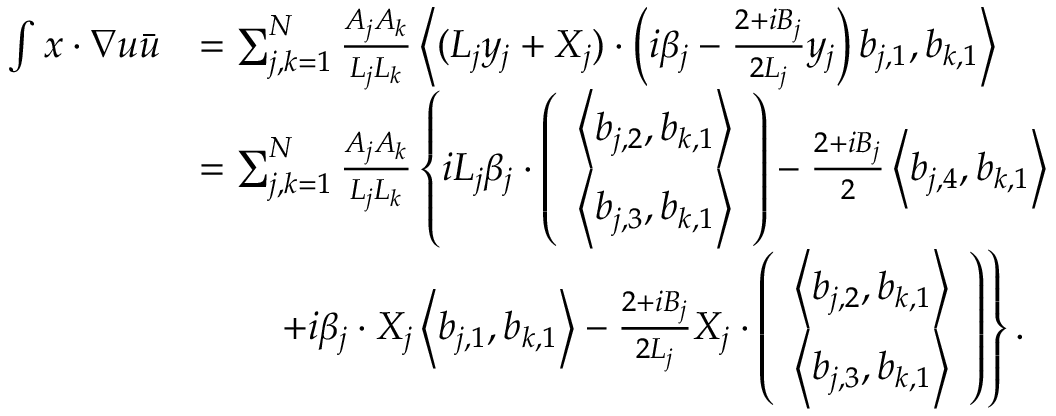
\begin{array} { r l } { \int x \cdot \nabla u \bar { u } } & { = \sum _ { j , k = 1 } ^ { N } \frac { A _ { j } A _ { k } } { L _ { j } L _ { k } } \left\langle ( L _ { j } y _ { j } + X _ { j } ) \cdot \left( i \beta _ { j } - \frac { 2 + i B _ { j } } { 2 L _ { j } } y _ { j } \right) b _ { j , 1 } , b _ { k , 1 } \right\rangle } \\ & { = \sum _ { j , k = 1 } ^ { N } \frac { A _ { j } A _ { k } } { L _ { j } L _ { k } } \left\{ i L _ { j } \beta _ { j } \cdot \left( \begin{array} { l } { \left\langle b _ { j , 2 } , b _ { k , 1 } \right\rangle } \\ { \left\langle b _ { j , 3 } , b _ { k , 1 } \right\rangle } \end{array} \right) - \frac { 2 + i B _ { j } } { 2 } \left\langle b _ { j , 4 } , b _ { k , 1 } \right\rangle \right. } \\ & { \qquad \left. + i \beta _ { j } \cdot X _ { j } \left\langle b _ { j , 1 } , b _ { k , 1 } \right\rangle - \frac { 2 + i B _ { j } } { 2 L _ { j } } X _ { j } \cdot \left( \begin{array} { l } { \left\langle b _ { j , 2 } , b _ { k , 1 } \right\rangle } \\ { \left\langle b _ { j , 3 } , b _ { k , 1 } \right\rangle } \end{array} \right) \right\} . } \end{array}